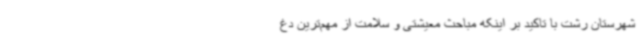
شهرستان رشت با تاکید بر اینکه مباحث معیشتی و سلامت از مهم‌ترین دغ